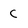
Character: c